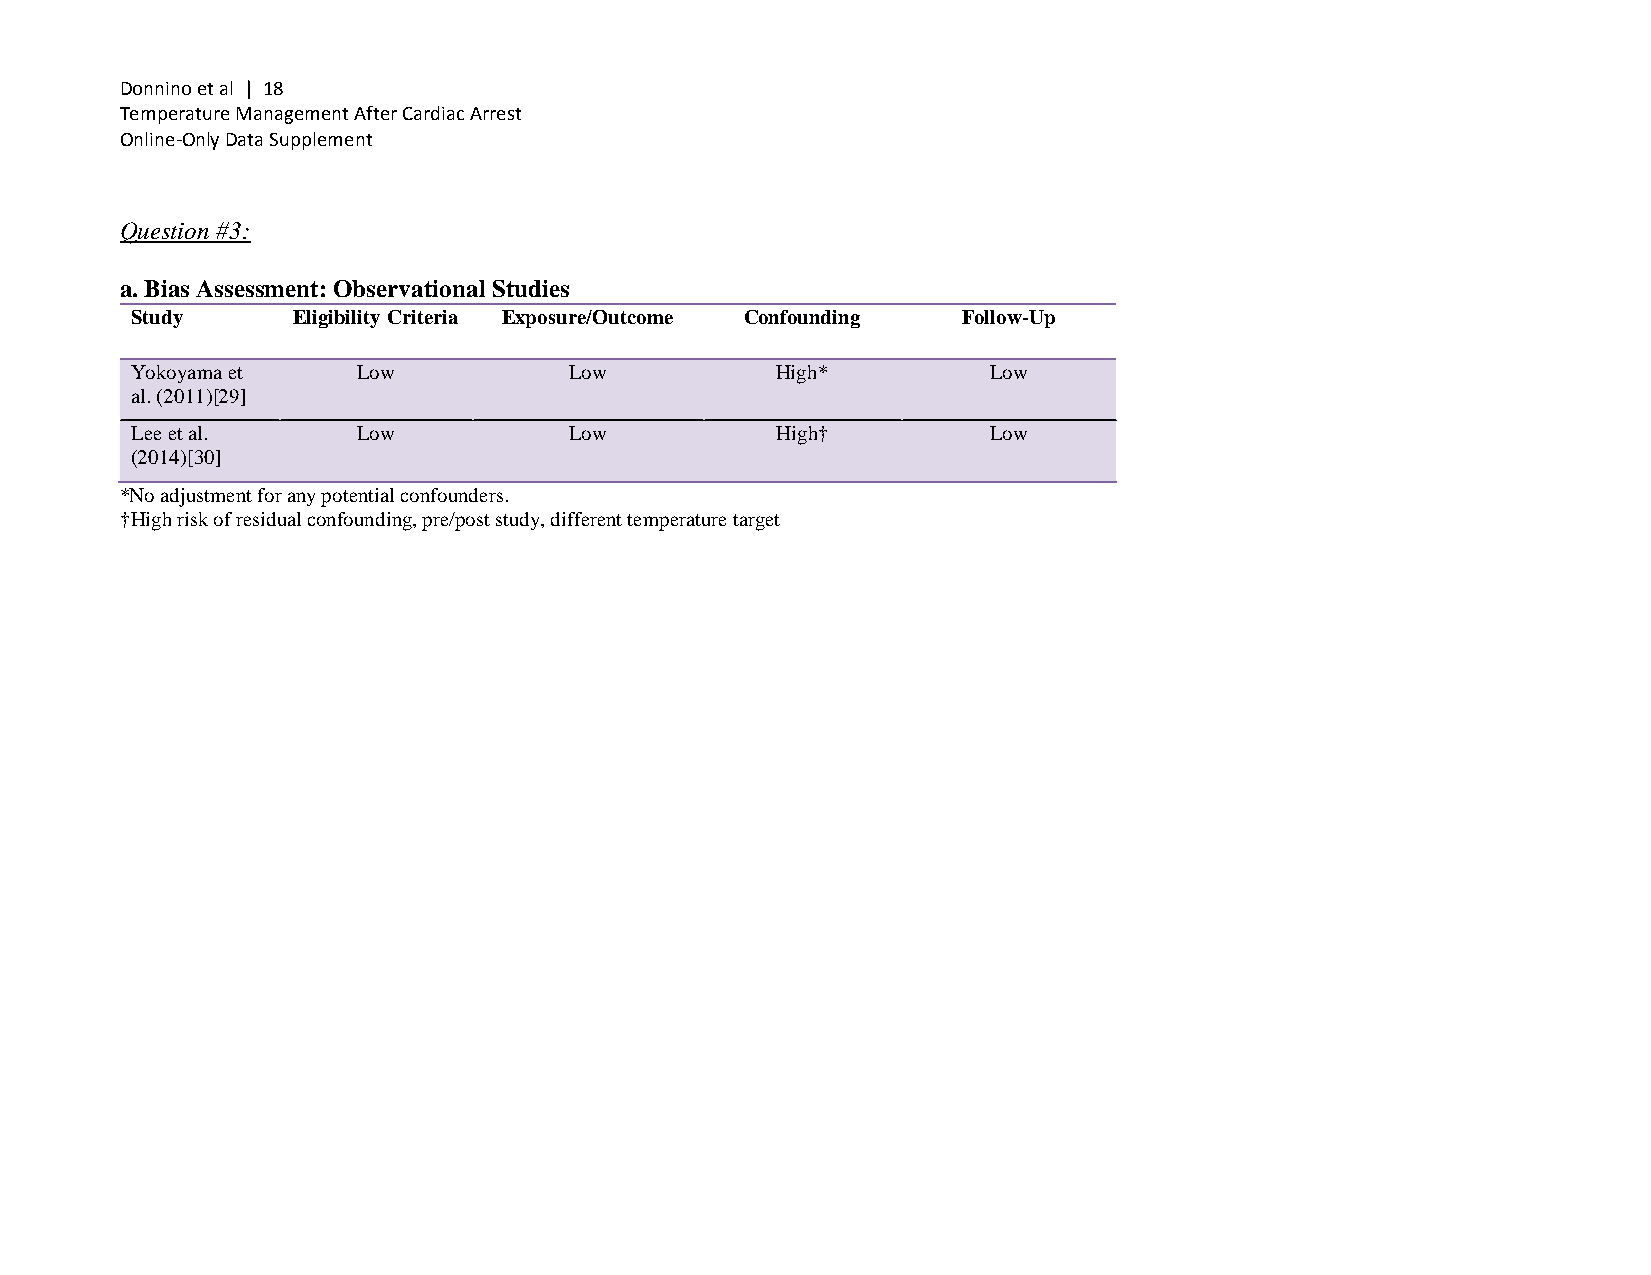
Donnino et al | 18
 Temperature Management After Cardiac Arrest
 Online-Only Data Supplement
 Question #3:
 a. Bias Assessment: Observational Studies
 Study     Eligibility Criteria Exposure/Outcome Confounding Follow-Up
 Yokoyama et    Low           Low          High*         Low
 al. (2011)[29]
 Lee et al.     Low           Low          High†         Low
 (2014)[30]
 *No adjustment for any potential confounders.
 †High risk of residual confounding, pre/post study, different temperature target